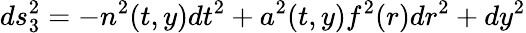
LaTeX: ds_{3}^{2}=-n^{2}(t,y)dt^{2}+a^{2}(t,y)f^{2}(r)dr^{2}+dy^{2}